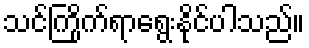
သင်ကြိုက်ရာရွေးနိုင်ပါသည်။